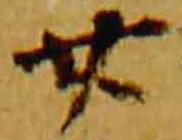
廿